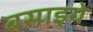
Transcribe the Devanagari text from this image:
बसाइये